画像に写った文字を読んでください
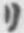
「リ」と書いてあります